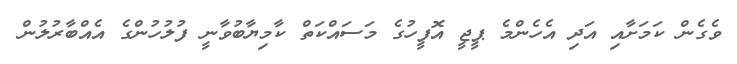
ވެގެން ކަމަށާއި އަދި އެހެންމެ ޕީޖީ އޮފީހުގެ މަސައްކަތް ކާމިޔާބުވާނީ ފުލުހުންގެ އެއްބާރުލުން